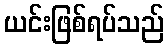
ယင်းဖြစ်ရပ်သည်